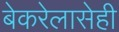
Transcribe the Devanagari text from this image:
बेकरेलासेही